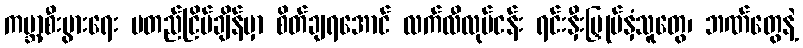
ကမ္ဘာ့စီးပွားရေး မတည်ငြိမ်ချိန်မှာ စိတ်ချရအောင် လက်လီလုပ်ငန်း ရင်းနှီးမြှုပ်နှံသူတွေ၊ ဘဏ်တွေနဲ့